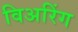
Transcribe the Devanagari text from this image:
विअरिंग